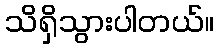
သိရှိသွားပါတယ်။